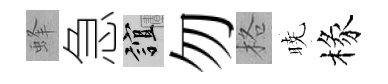
蜂急誼勿格暁椽